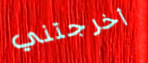
أخرجتني